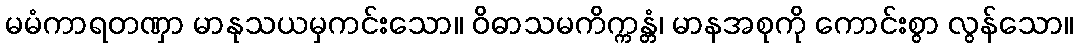
မမံကာရတဏှာ မာနုသယမှကင်းသော။ ဝိဓာသမကိက္ကန္တံ၊ မာနအစုကို ကောင်းစွာ လွန်သော။